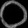
Digit: ၀